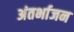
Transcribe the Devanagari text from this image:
अंतर्भाजन